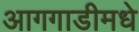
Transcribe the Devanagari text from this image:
आगगाडीमधे